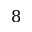
8